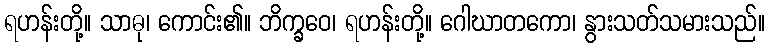
ရဟန်းတို့။ သာဓု၊ ကောင်း၏။ ဘိက္ခဝေ၊ ရဟန်းတို့။ ဂေါဃာတကော၊ နွားသတ်သမားသည်။